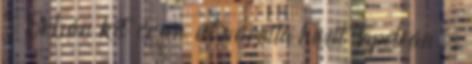
↑ Orbán két órán át váratta híveit Tapolcán –